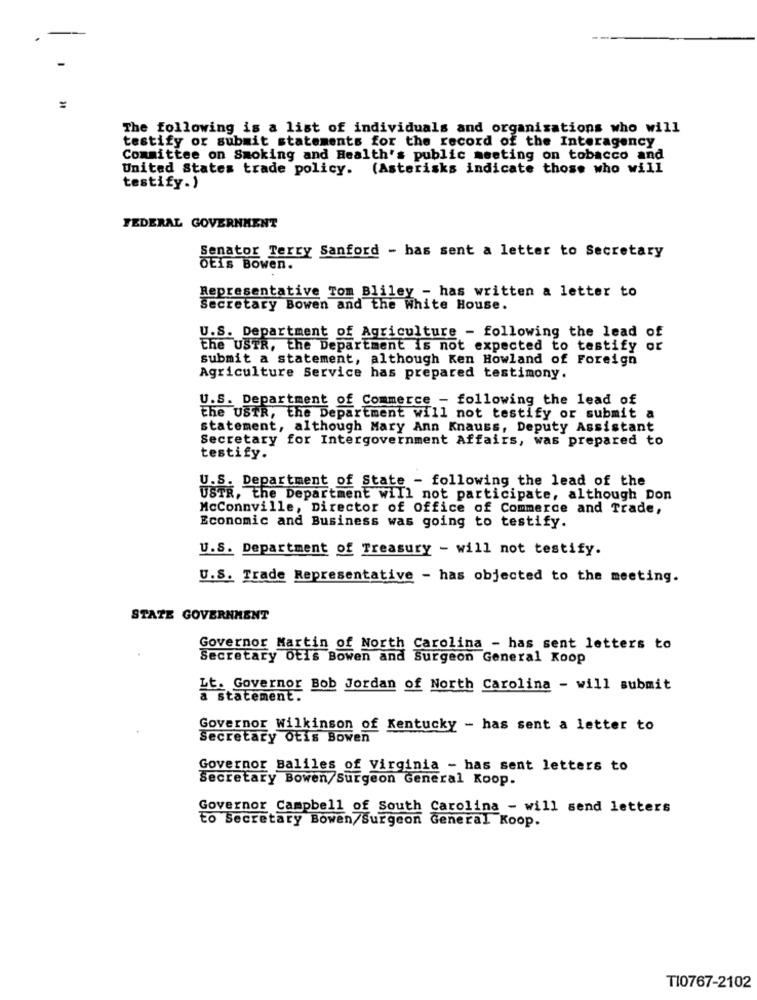
The following is a list of individuals and organisations who will
testify or submit statements for the record of the Interagency
Committee on Smoking and Health's public meeting on tobacco and
United States trade policy. (Asterisks indicate those who will
testify.)
FEDERAL GOVERNMENT
Senator Terry Sanford - has sent a letter to Secretary
DEis Bowen.
Representative Tom Bliley - has written a letter to
Secretary Bowen and the White House.
U.S. Department of Agriculture - following the lead of
the USTR, the Department is not expected to testify or
submit a statement, although Ken Howland of Foreign
Agriculture Service has prepared testimony.
U.S. Department of Commerce - following the lead of
the USTR, the Department will not testify or submit a
statement, although Mary Ann Knauss, Deputy Assistant
Secretary for Intergovernment Affairs, was prepared to
testify.
U.S. Department of State - following the lead of the
USTR, the Department will not participate, although Don
McConnville, Director of Office of Commerce and Trade,
Economic and Business was going to testify.
U.S. Department of Treasury - will not testify.
U.S. Trade Representative - has objected to the meeting.
STATE GOVERNMENT
Governor Martin of North Carolina - has sent letters to
Secretary Ofis Bowen and Surgeon General Koop
Lt. Governor Bob Jordan of North Carolina - will submit
a statement.
Governor Wilkinson of Kentucky - has sent a letter to
Secretary Ofis Bowen
Governor Baliles of Virginia - has sent letters to
Secretary Bowen/Surgeon General Koop.
Governor Campbell of South Carolina - will send letters
to Secretary Bowen/Surgeon General Koop.
TI0767-2102